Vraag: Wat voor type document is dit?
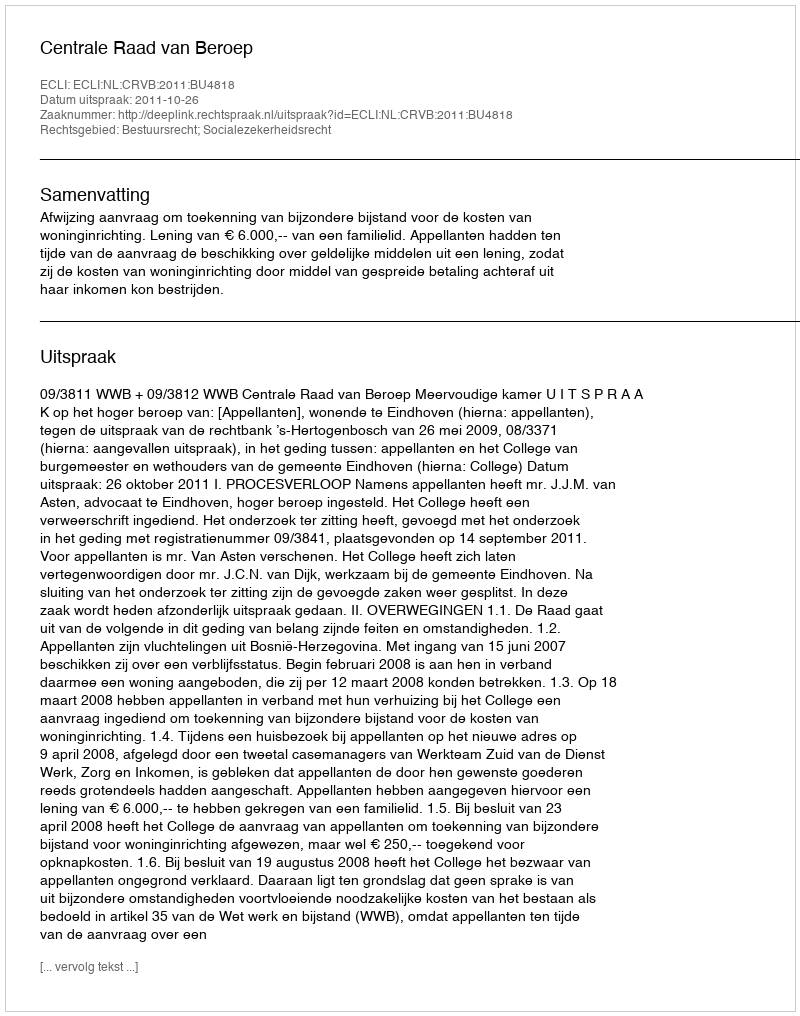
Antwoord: Uitspraak